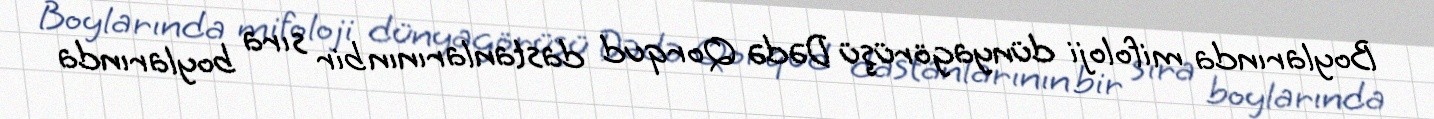
Boylarında mifoloji dünyagörüşü Dədə Qorqud dastanlarının bir sıra boylarında